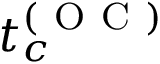
t _ { c } ^ { ( \mathrm { ~ O ~ C ~ } ) }